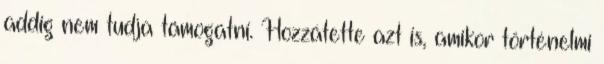
addig nem tudja támogatni. Hozzátette azt is, amikor történelmi